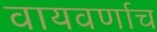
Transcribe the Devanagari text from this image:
वायवर्णाच